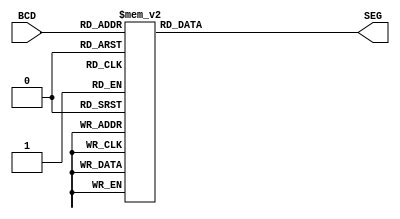
`timescale 1ns / 1ps
//////////////////////////////////////////////////////////////////////////////////
// Company: 
// Engineer: 
// 
// Design Name: 
// Module Name: SEVEN_SEG
// Project Name: 
// Target Devices: 
// Tool Versions: 
// Description: 
// 
// Dependencies: 
// 
// Revision:
// Revision 0.01 - File Created
// Additional Comments:
// 
//////////////////////////////////////////////////////////////////////////////////


module SEVEN_SEG(
	input [3:0] BCD,
    output reg [7:0] SEG
    );
    always@(BCD) 
        begin
            case(BCD)
                4'd0: SEG = 8'b00000011;
                4'd1: SEG = 8'b10011111;  
                4'd2: SEG = 8'b00100101;  
                4'd3: SEG = 8'b00001101;  
                4'd4: SEG = 8'b10011001; 
                4'd5: SEG = 8'b01001001; 
                4'd6: SEG = 8'b01000001;  
                4'd7: SEG = 8'b00011011; 
                4'd8: SEG = 8'b00000001;  
                4'd9: SEG = 8'b00001001;  
                4'd10: SEG = 8'b00010001;
                4'd11: SEG = 8'b11000001;
                4'd12: SEG = 8'b01100011;
                4'd13: SEG = 8'b10000101;
                4'd14: SEG = 8'b01100001;
                4'd15: SEG = 8'b01110001;
                default: SEG = 8'b11111111;
            endcase    
        end  
endmodule